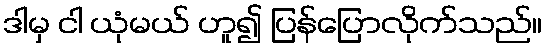
ဒါမှ ငါ ယုံမယ် ဟူ၍ ပြန်ပြောလိုက်သည်။